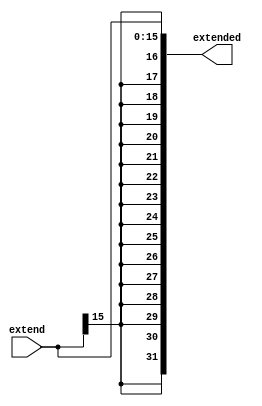
module sign_extend (
    input wire  [15:0] extend,
    output wire [31:0] extended
);

assign    extended[15:0] = extend[15:0];
assign    extended[31:16] = {16{extend[15]}};

endmodule